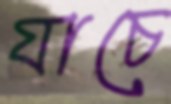
যাচে